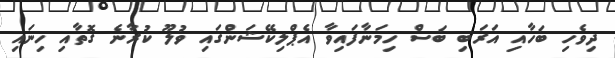
ދިވެހި ބަހާއި އަރަބި ބަސް ހިމަނާފައިވާ އެޕްލިކޭޝަންގައި ވުލޫ ކުރާނެ ގޮތާއި ހިނައި